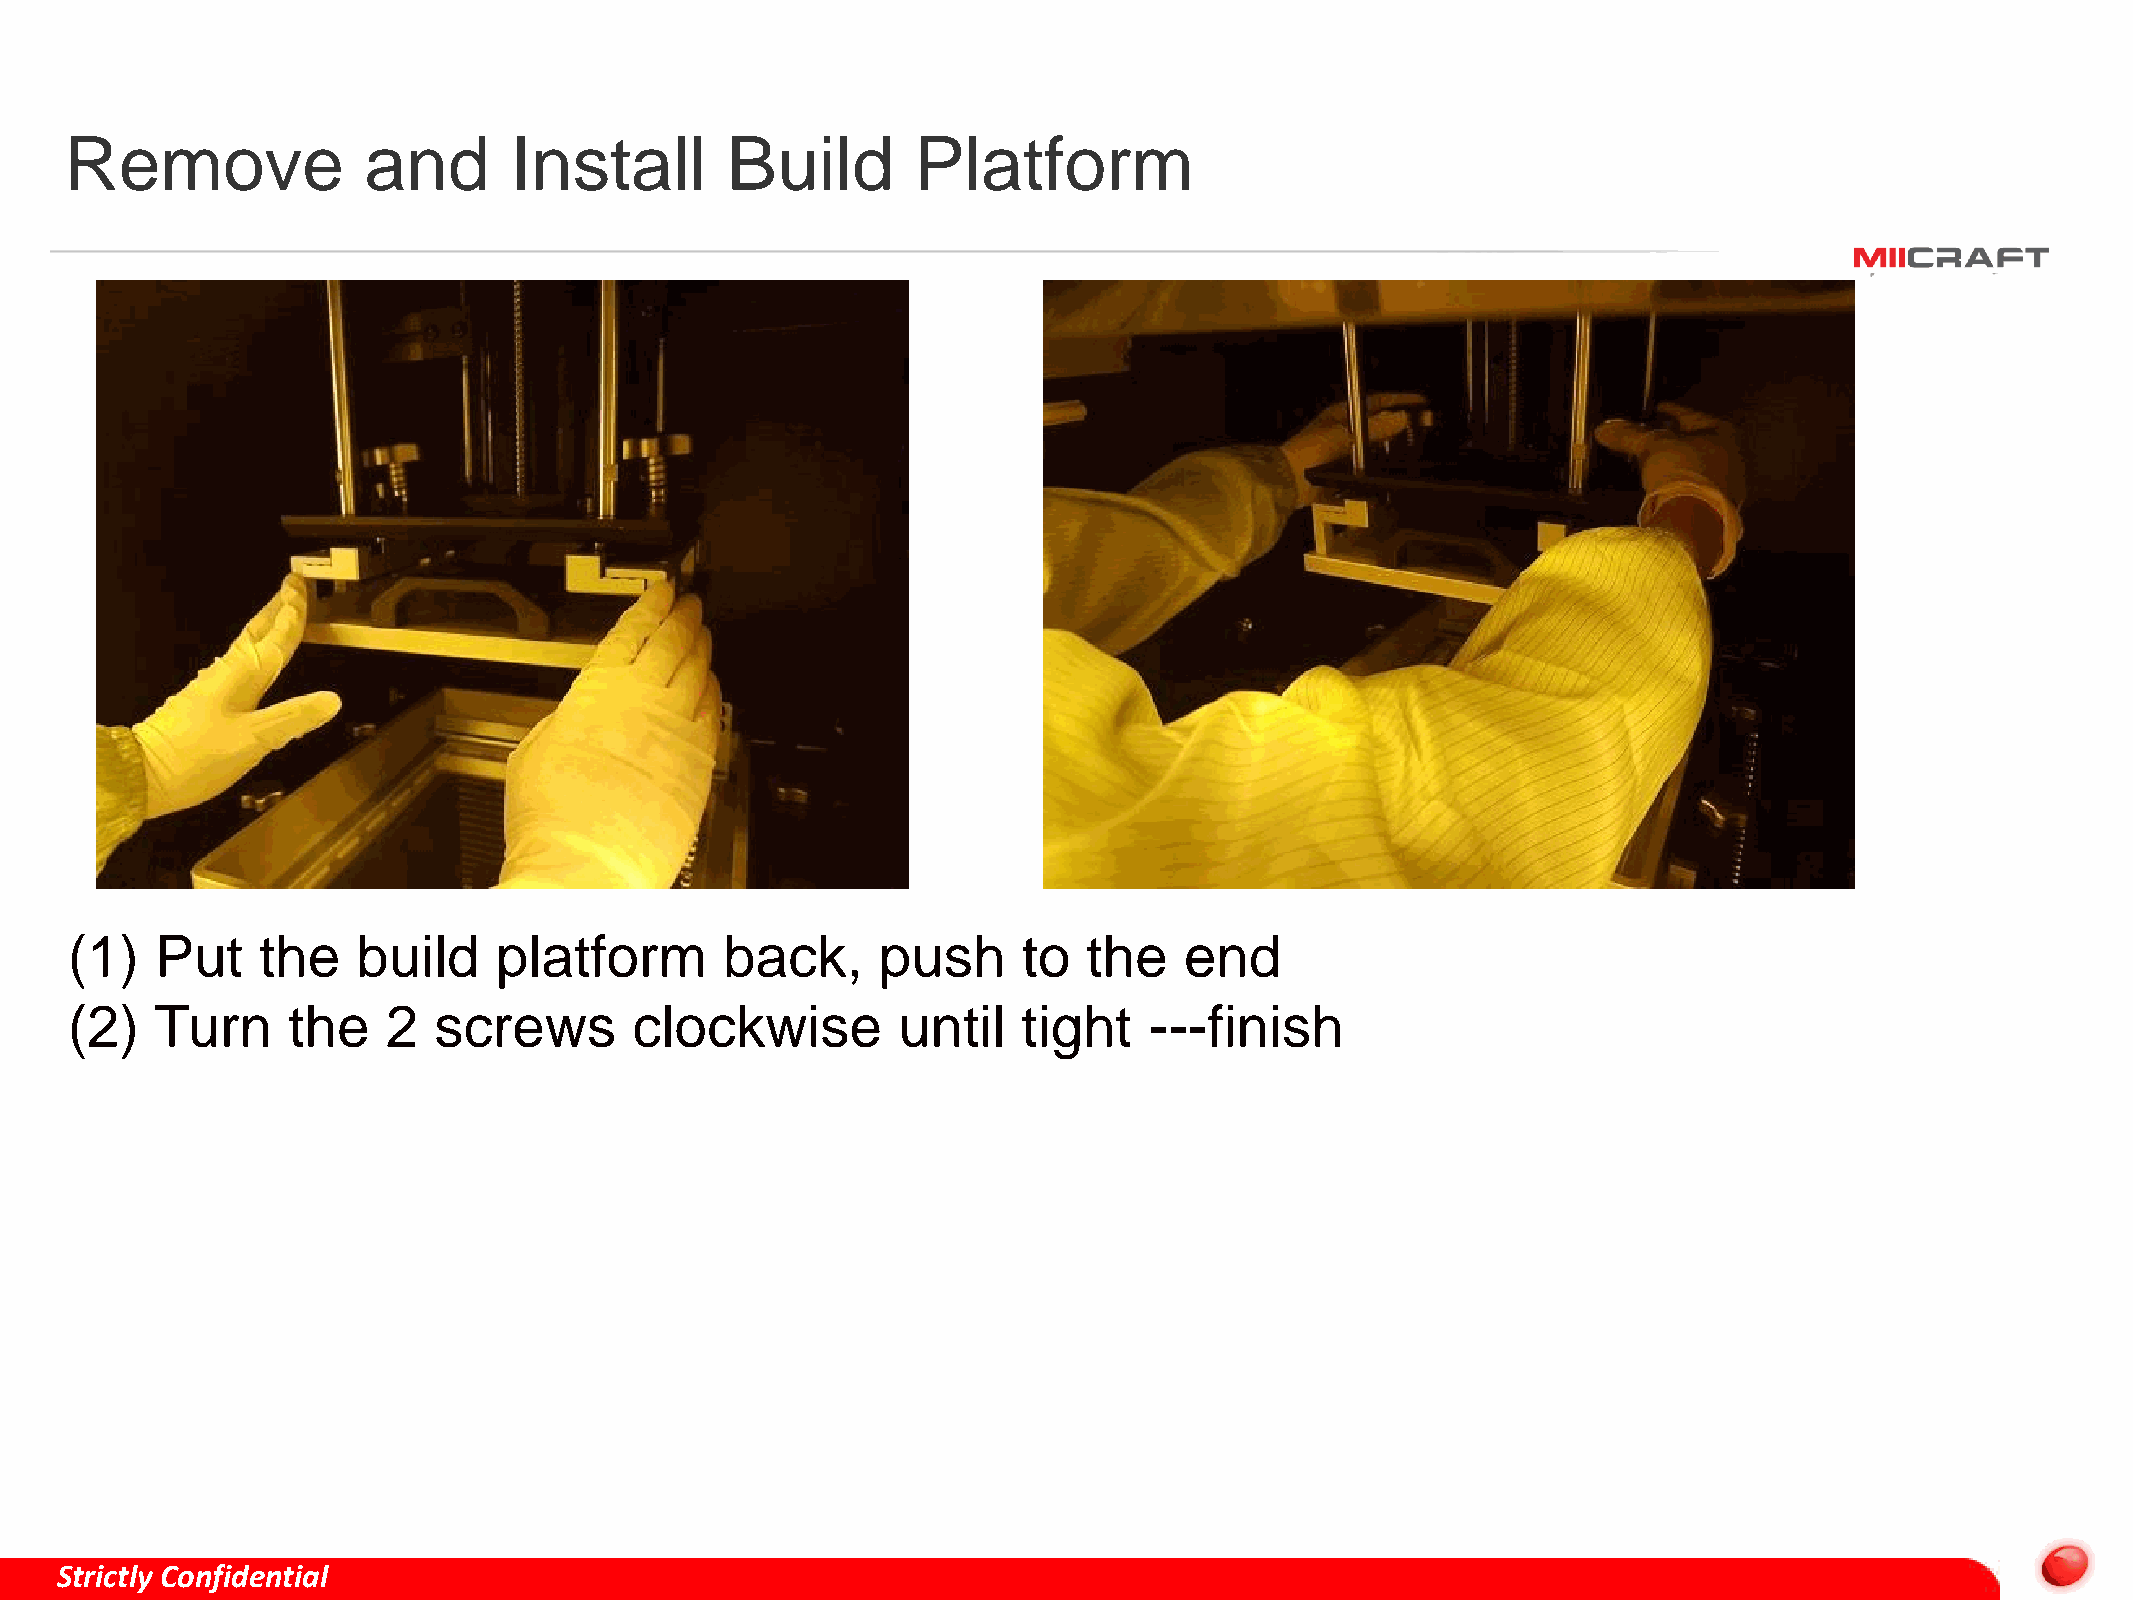
Remove              and       Install       Build        Platform
 (1)   Put    the    build    platform       back,     push      to  the   end
 (2)   Turn     the    2  screws       clockwise        until    tight   ---finish
 Strictly Confidential